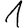
Digit: 1